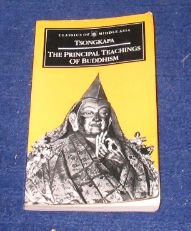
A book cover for The Principal Teachings of Buddhism (Classics of Middle Asia); Je Tsongkapa; Religion & Spirituality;